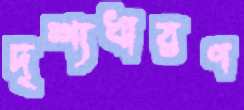
দৃশ্যধারণ